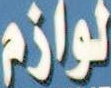
لوازم